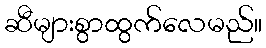
ဆီများစွာထွက်လေမည်။